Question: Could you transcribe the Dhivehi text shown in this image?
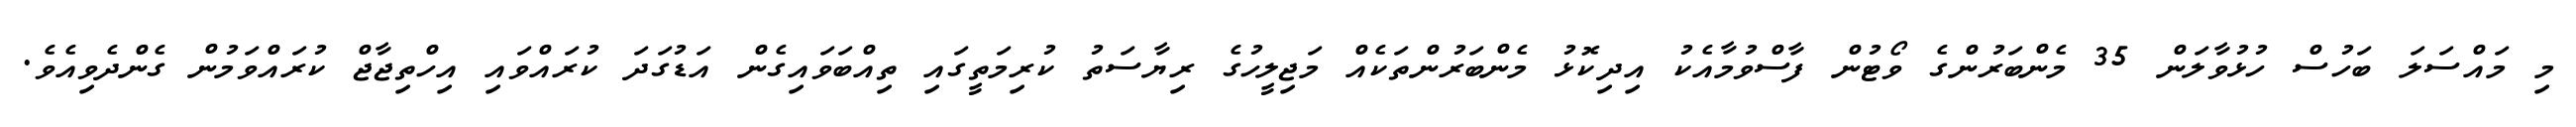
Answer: މި މައްސަލަ ބަހުސް ހުޅުވާލަން 35 މެންބަރުންގެ ވޯޓުން ފާސްވުމާއެކު އިދިކޮޅު މެންބަރުންތަކެއް މަޖިލީހުގެ ރިޔާސަތު ކުރިމަތީގައި ތިއްބަވައިގެން އަޑުގަދަ ކުރައްވައި އިހްތިޖާޖް ކުރައްވަމުން ގެންދެވިއެވެ.